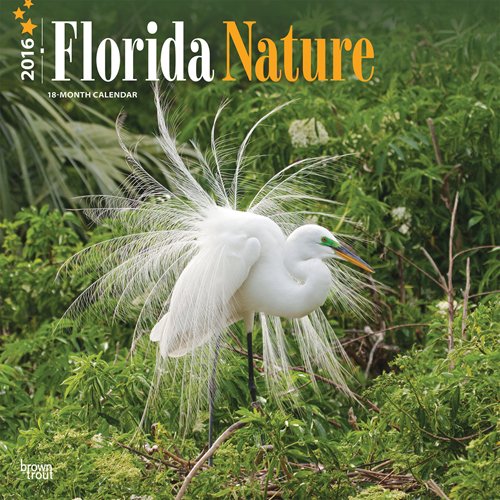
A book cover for Florida Nature 2016 Square 12x12 (Multilingual Edition); Browntrout Publishers; Calendars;